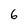
Character: 6